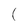
Character: 1